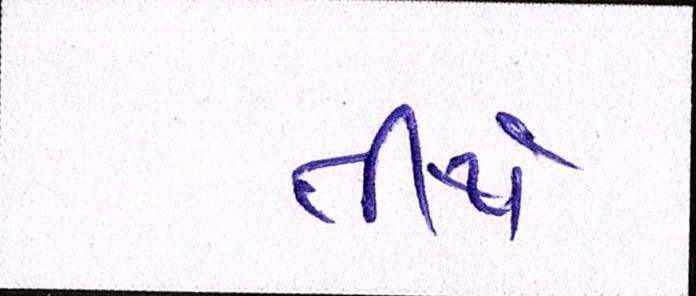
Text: તીર્થ